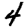
Digit: 4